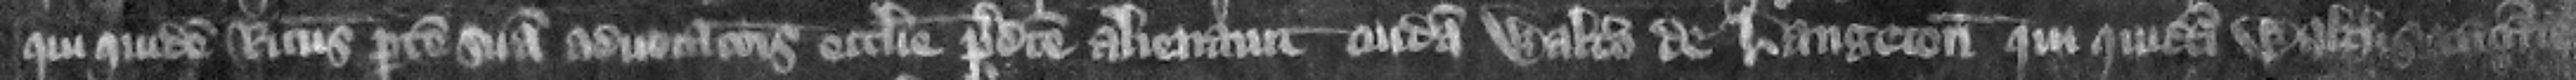
qui quidem Ricardus partem suam aduocacionis ecclesie predicte alienauit cuidam Waltero de Langton qui quidam Walterus vacante